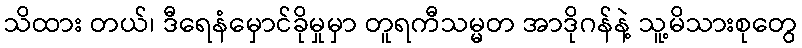
သိထား တယ်၊ ဒီရေနံမှောင်ခိုမှုမှာ တူရကီသမ္မတ အာဒိုဂန်နဲ့ သူ့မိသားစုတွေ